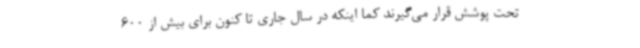
تحت پوشش قرار می‌گیرند کما اینکه در سال جاری تا کنون برای بیش از 600